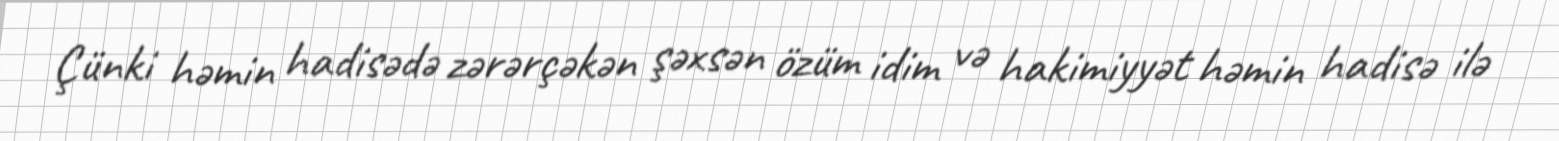
Çünki həmin hadisədə zərərçəkən şəxsən özüm idim və hakimiyyət həmin hadisə ilə